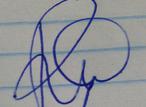
Signature authenticity: genuine